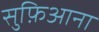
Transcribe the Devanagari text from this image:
सुफ़िआना